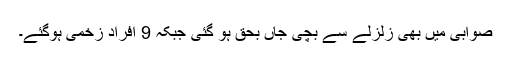
صوابی میں بھی زلزلے سے بچی جاں بحق ہو گئی جبکہ 9 افراد زخمی ہوگئے۔